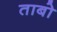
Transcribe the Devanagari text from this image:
ताबो